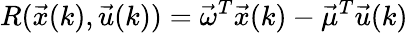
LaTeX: R(\vec{x}(k),\vec{u}(k))=\vec{\omega}^{T}\vec{x}(k)-\vec{\mu}^{T}\vec{u}(k)